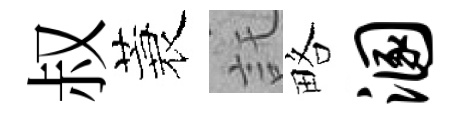
叔蓑託略溷